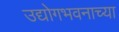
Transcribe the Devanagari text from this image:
उद्योगभवनाच्या